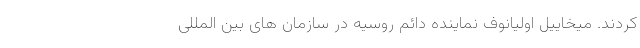
کردند. میخاییل اولیانوف نماینده دائم روسیه در سازمان های بین المللی